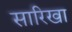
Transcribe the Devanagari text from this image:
सारिखा